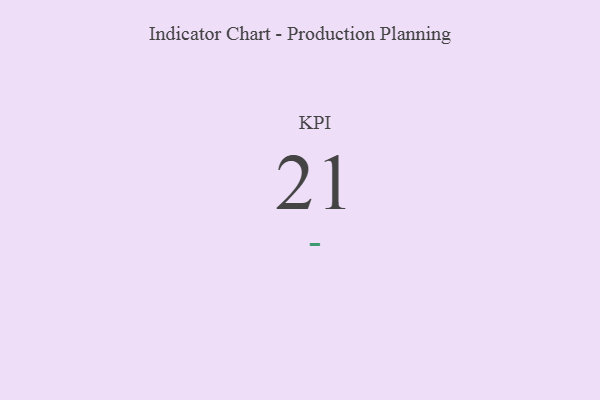
{"axis": {"x": "KPI", "y": "Value"}, "legend": [""], "data": [{"x": "KPI", "y": 21, "type": ""}]}